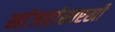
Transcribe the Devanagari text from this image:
मांजरांसारखी